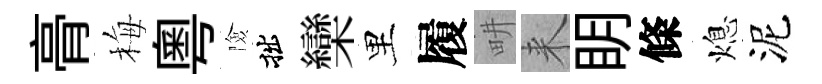
𮌔梅粵險拙欒里履畊来眀條熄泥